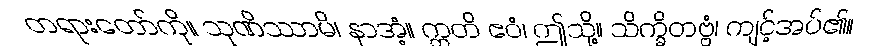
တရားတော်ကို။ သုဏိဿာမိ၊ နာအံ့။ ဣတိ ဧဝံ၊ ဤသို့။ သိက္ခိတဗ္ဗံ၊ ကျင့်အပ်၏။